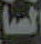
السا